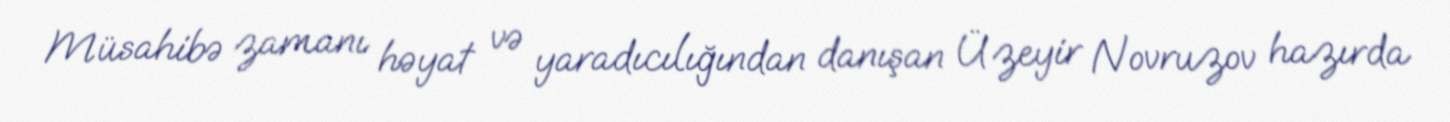
Müsahibə zamanı həyat və yaradıcılığından danışan Üzeyir Novruzov hazırda